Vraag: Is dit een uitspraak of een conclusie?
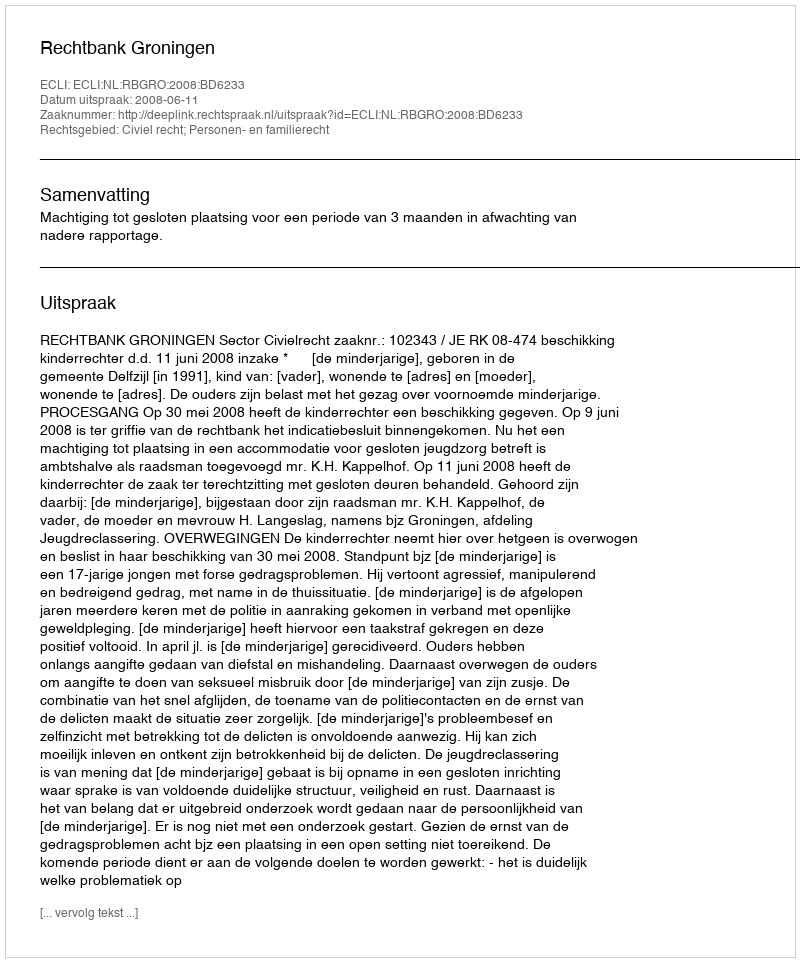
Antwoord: Uitspraak